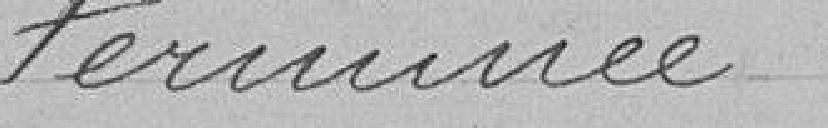
terminée.